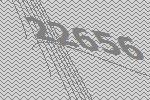
22656